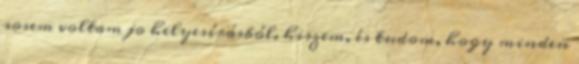
sosem voltam jo helyesírásból. hiszem, és tudom, hogy minden